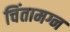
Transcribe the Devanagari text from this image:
चिंतामग्न